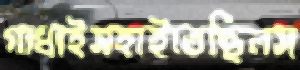
গাধাইসহাইতেছিলস